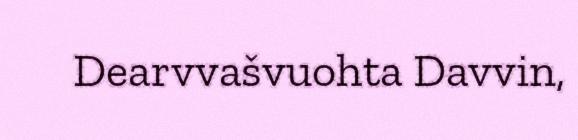
Dearvvašvuohta Davvin,